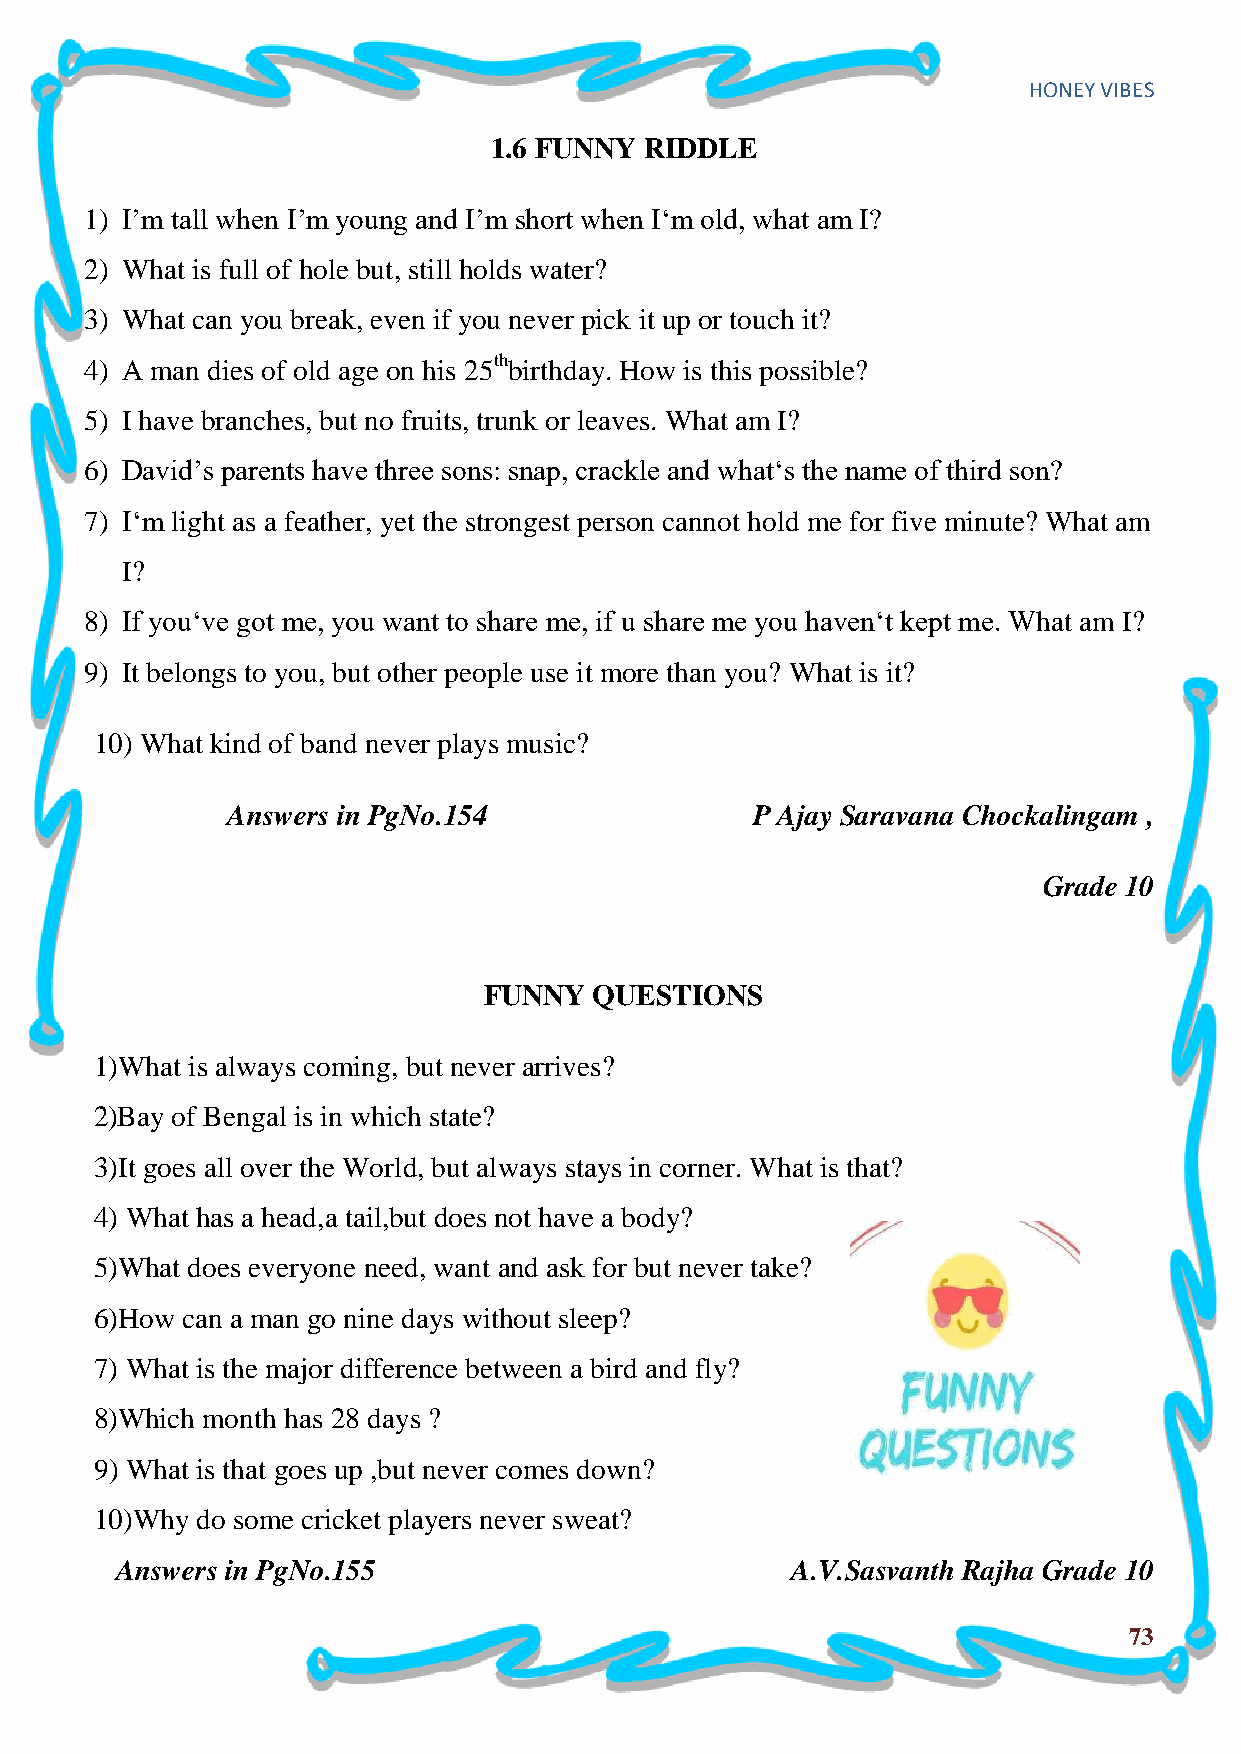
HONEY VIBES
 1.6 FUNNY  RIDDLE
 1) I‟m tall when I‟m young and I‟m short when I„m old, what am I?
 2) What is full of hole but, still holds water?
 3) What can you break, even if you never pick it up or touch it?
 4) A man dies of old age on his 25thbirthday. How is this possible?
 5) I have branches, but no fruits, trunk or leaves. What am I?
 6) David‟s parents have three sons: snap, crackle and what„s the name of third son?
 7) I„m light as a feather, yet the strongest person cannot hold me for five minute? What am
 I?
 8) If you„ve got me, you want to share me, if u share me you haven„t kept me. What am I?
 9) It belongs to you, but other people use it more than you? What is it?
 10) What kind of band never plays music?
 Answers in PgNo.154                P Ajay Saravana Chockalingam ,
 Grade 10
 FUNNY  QUESTIONS
 1)What is always coming, but never arrives?
 2)Bay of Bengal is in which state?
 3)It goes all over the World, but always stays in corner. What is that?
 4) What has a head,a tail,but does not have a body?
 5)What does everyone need, want and ask for but never take?
 6)How can a man go nine days without sleep?
 7) What is the major difference between a bird and fly?
 8)Which month has 28 days ?
 9) What is that goes up ,but never comes down?
 10)Why do some cricket players never sweat?
 Answers in PgNo.155                         A.V.Sasvanth Rajha Grade 10
 73